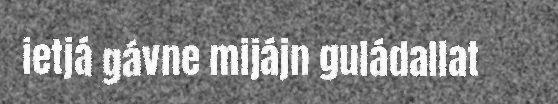
ietjá gávne mijájn guládallat